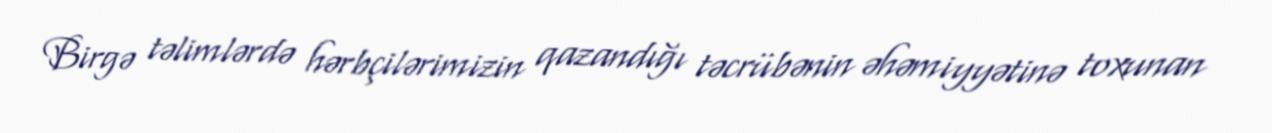
Birgə təlimlərdə hərbçilərimizin qazandığı təcrübənin əhəmiyyətinə toxunan